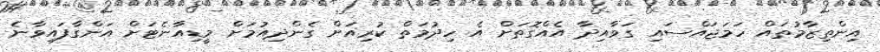
އިންތިޒާމުތައް ހަމަޖައްސައި ގަވާއިދާ އެއްގޮތަށް އެ ހިދުމަތް ކުރިއަށް ގެންދިއުމަށް މީޑިއާނެޓަށް އަންގާފައިވާނެ